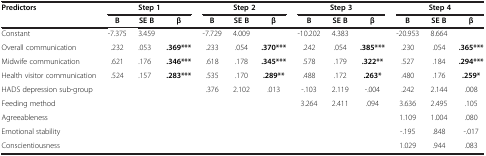
<table><thead><tr><td rowspan="2"><b>Predictors</b></td><td colspan="3"><b>Step 1</b></td><td colspan="3"><b>Step 2</b></td><td colspan="3"><b>Step 3</b></td><td colspan="3"><b>Step 4</b></td></tr><tr><td><b>B</b></td><td><b>SE B</b></td><td><b>β</b></td><td><b>B</b></td><td><b>SE B</b></td><td><b>β</b></td><td><b>B</b></td><td><b>SE B</b></td><td><b>β</b></td><td><b>B</b></td><td><b>SE B</b></td><td><b>β</b></td></tr></thead><tbody><tr><td>Constant</td><td>-7.375</td><td>3.459</td><td> </td><td>-7.729</td><td>4.009</td><td> </td><td>-10.202</td><td>4.383</td><td> </td><td>-20.953</td><td>8.664</td><td> </td></tr><tr><td>Overall communication</td><td>.232</td><td>.053</td><td><b>.369***</b></td><td>.233</td><td>.054</td><td><b>.370***</b></td><td>.242</td><td>.054</td><td><b>.385***</b></td><td>.230</td><td>.054</td><td><b>.365***</b></td></tr><tr><td>Midwife communication</td><td>.621</td><td>.176</td><td><b>.346***</b></td><td>.618</td><td>.178</td><td><b>.345***</b></td><td>.578</td><td>.179</td><td><b>.322**</b></td><td>.527</td><td>.184</td><td><b>.294***</b></td></tr><tr><td>Health visitor communication</td><td>.524</td><td>.157</td><td><b>.283***</b></td><td>.535</td><td>.170</td><td><b>.289**</b></td><td>.488</td><td>.172</td><td><b>.263*</b></td><td>.480</td><td>.176</td><td><b>.259*</b></td></tr><tr><td>HADS depression sub-group</td><td> </td><td> </td><td> </td><td>.376</td><td>2.102</td><td>.013</td><td>-.103</td><td>2.119</td><td>-.004</td><td>.242</td><td>2.144</td><td>.008</td></tr><tr><td>Feeding method</td><td> </td><td> </td><td> </td><td> </td><td> </td><td> </td><td>3.264</td><td>2.411</td><td>.094</td><td>3.636</td><td>2.495</td><td>.105</td></tr><tr><td>Agreeableness</td><td> </td><td> </td><td> </td><td> </td><td> </td><td> </td><td> </td><td> </td><td> </td><td>1.109</td><td>1.004</td><td>.080</td></tr><tr><td>Emotional stability</td><td> </td><td> </td><td> </td><td> </td><td> </td><td> </td><td> </td><td> </td><td> </td><td>-.195</td><td>.848</td><td>-.017</td></tr><tr><td>Conscientiousness</td><td> </td><td> </td><td> </td><td> </td><td> </td><td> </td><td> </td><td> </td><td> </td><td>1.029</td><td>.944</td><td>.083</td></tr></tbody></table>